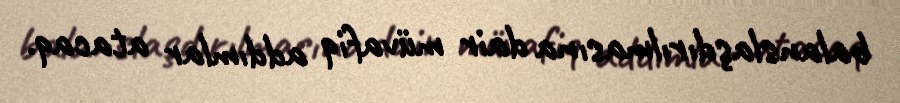
balanslaşdırılmasına dair müvafiq addımlar atacaq.